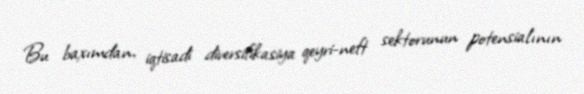
Bu baxımdan, iqtisadi diversifikasiya qeyri-neft sektorunun potensialının